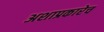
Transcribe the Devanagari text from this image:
अशाप्रकारेच